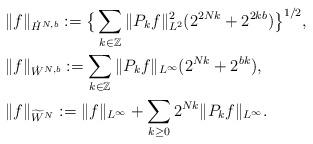
LaTeX: \begin{align*}&\|f\|_{\dot{H}^{N,b}}:=\big\{\sum_{k\in\mathbb{Z}}\|P_kf\|^2_{L^2}(2^{2Nk}+2^{2kb})\big\}^{1/2},\\&\|f\|_{\dot{W}^{N,b}}:=\sum_{k\in\mathbb{Z}}\|P_kf\|_{L^\infty}(2^{Nk}+2^{bk}),\\&\|f\|_{\widetilde{W}^{N}}:=\|f\|_{L^\infty}+\sum_{k\geq 0}2^{Nk}\|P_kf\|_{L^\infty}.\end{align*}